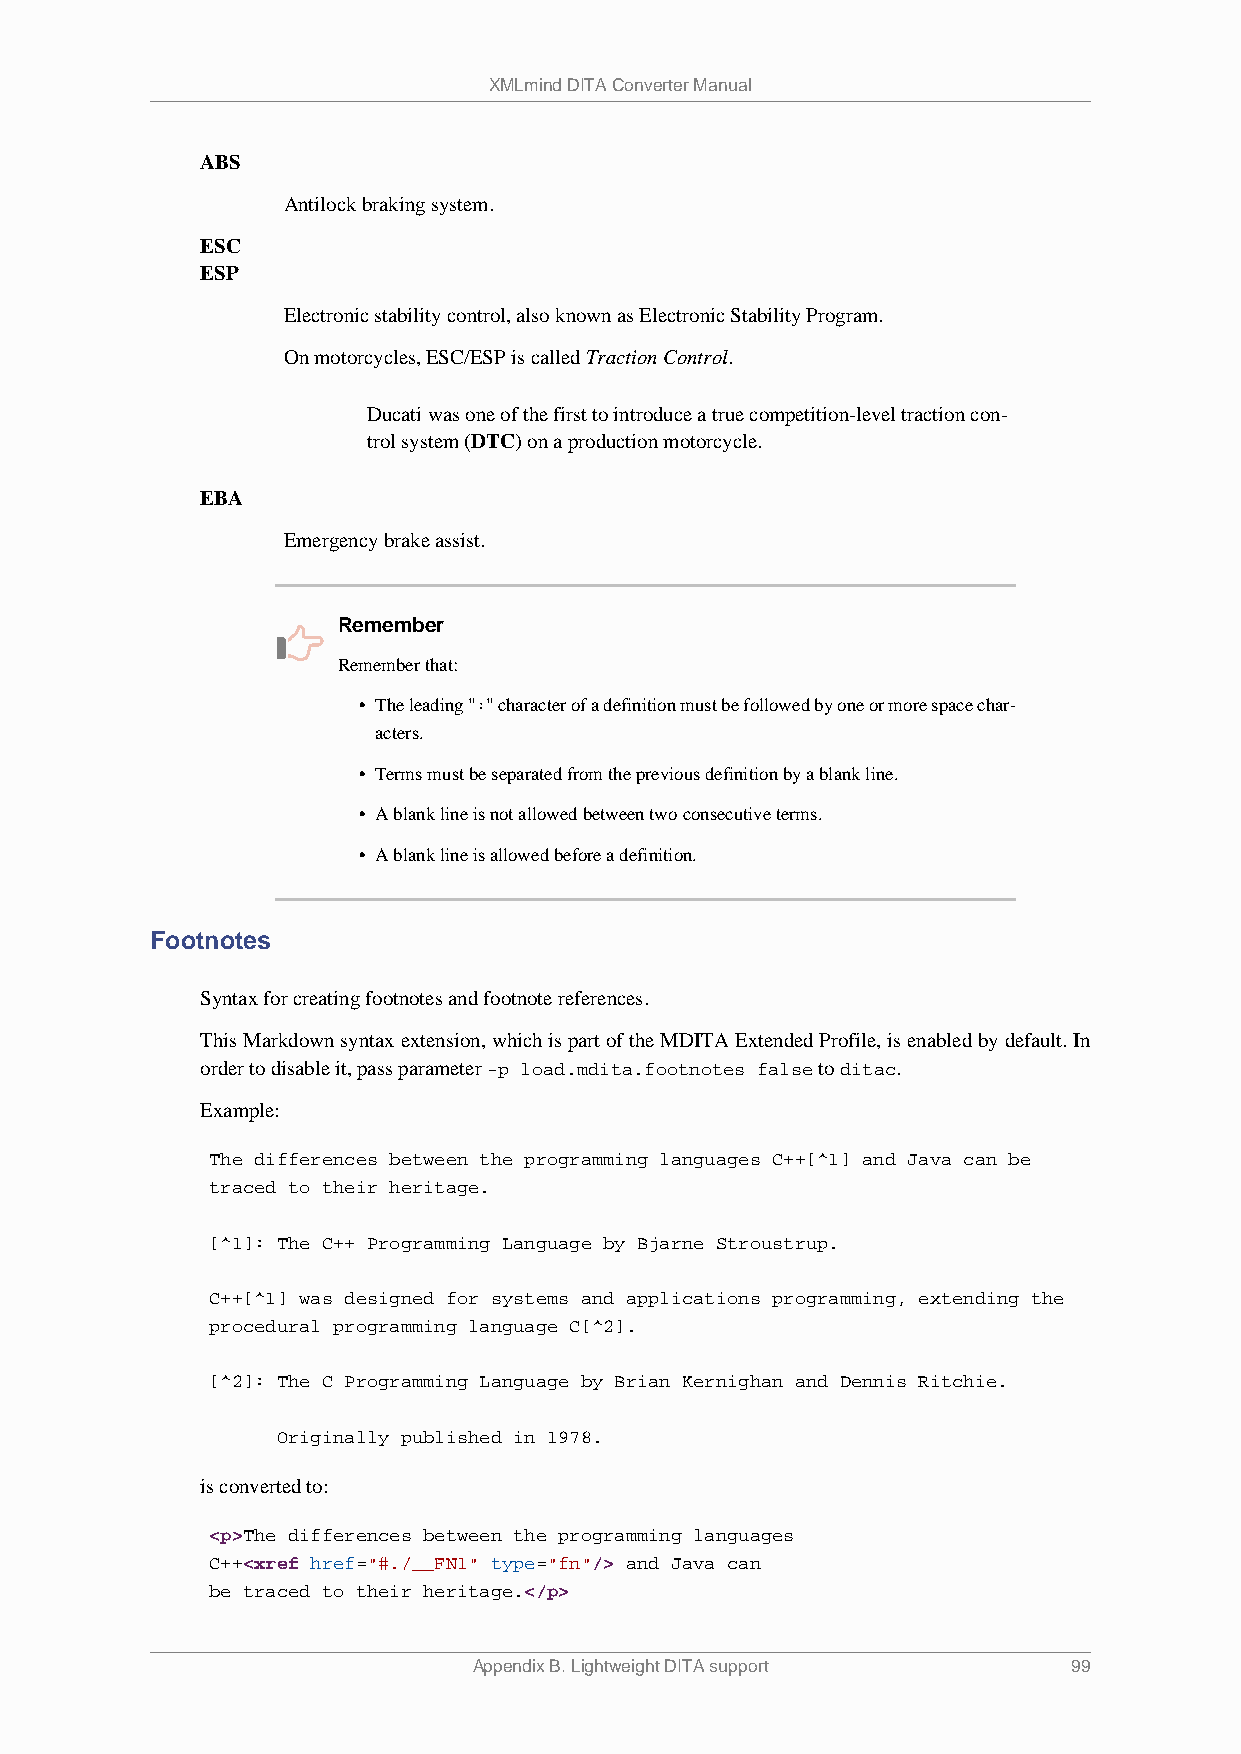
XMLmind DITA Converter Manual
 ABS
 Antilock braking system.
 ESC
 ESP
 Electronic stability control, also known as Electronic Stability Program.
 On motorcycles, ESC/ESP is called Traction Control.
 Ducati was one of the first to introduce a true competition-level traction con-
 trol system (DTC) on a production motorcycle.
 EBA
 Emergency brake assist.
 Remember
 Remember that:
 • The leading ":" character of a definition must be followed by one or more space char-
 acters.
 • Terms must be separated from the previous definition by a blank line.
 • A blank line is not allowed between two consecutive terms.
 • A blank line is allowed before a definition.
 Footnotes
 Syntax for creating footnotes and footnote references.
 This Markdown syntax extension, which is part of the MDITA Extended Profile, is enabled by default. In
 order to disable it, pass parameter -p load.mdita.footnotes false to ditac.
 Example:
 The differences between the programming languages C++[^1] and Java can be
 traced to their heritage.
 [^1]: The C++ Programming Language by Bjarne Stroustrup.
 C++[^1] was designed for systems and applications programming, extending the
 procedural programming language C[^2].
 [^2]: The C Programming Language by Brian Kernighan and Dennis Ritchie.
 Originally published in 1978.
 is converted to:
 <p>The differences between the programming languages
 C++<xref href="#./__FN1" type="fn"/> and Java can
 be traced to their heritage.</p>
 Appendix B. Lightweight DITA support    99